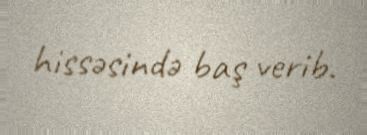
hissəsində baş verib.